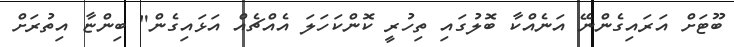
ބޫޓަށް އަރައިގެންނޭ އަނެއްކާ ބޮލުގައި ތިހުރީ ކޮންކަހަލަ އެއްޗެއް އަޅައިގެން" ބިންޏާ އިތުރަށް